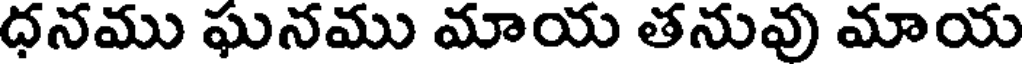
ధనము ఘనము మాయ తనువు మాయ